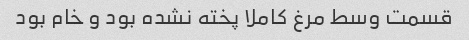
قسمت وسط مرغ کاملا پخته نشده بود و خام بود